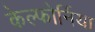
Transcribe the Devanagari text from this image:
केल्फोर्निया